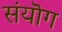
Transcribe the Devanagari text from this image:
संयॊग